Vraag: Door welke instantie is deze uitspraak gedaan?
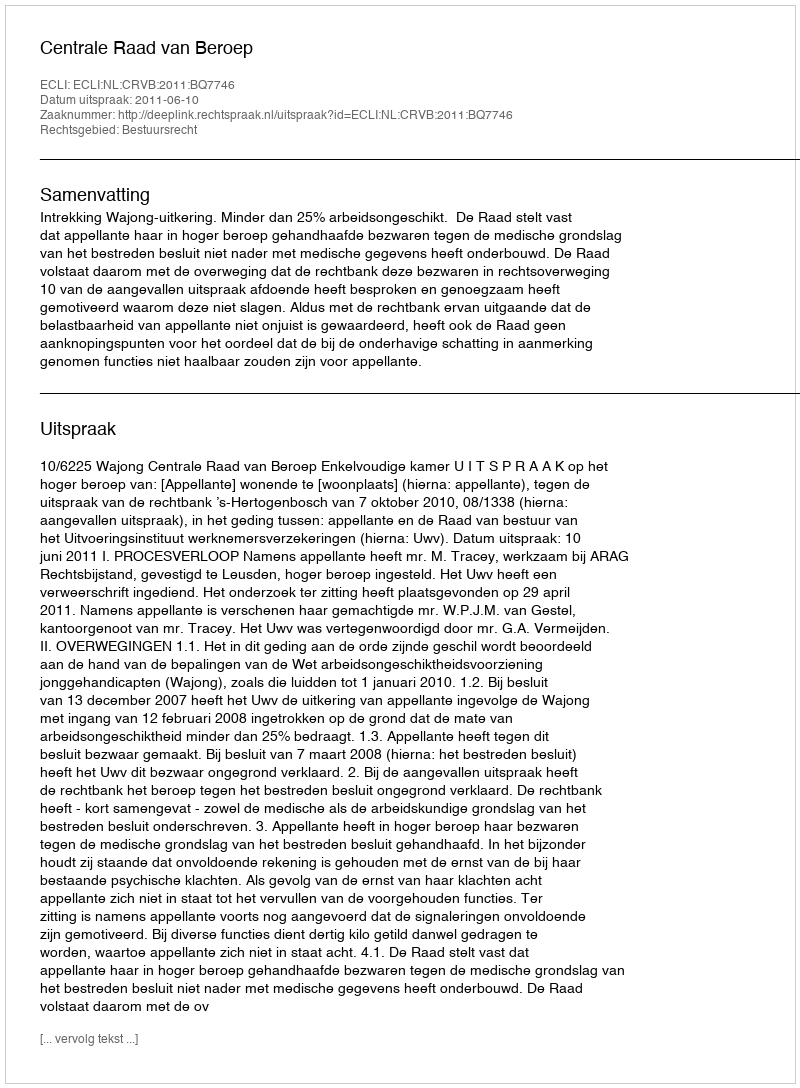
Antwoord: Centrale Raad van Beroep